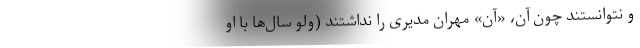
و نتوانستند چون آن، «آن»ِ مهران مدیری را نداشتند (ولو سال‌ها با او